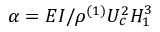
\alpha = E I / \rho ^ { ( 1 ) } U _ { c } ^ { 2 } H _ { 1 } ^ { 3 }